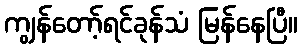
ကျွန်တော့်ရင်ခုန်သံ မြန်နေပြီ။